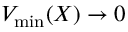
V _ { \mathrm { m i n } } ( X ) \to 0